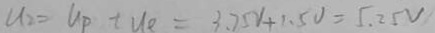
U _ { 2 } = U _ { p } + U _ { e } = 3 . 7 5 V + 1 . 5 V = 5 . 2 5 V